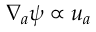
\nabla _ { a } \psi \propto u _ { a }